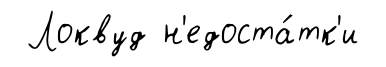
Локвуд н'едоста́тк'и